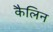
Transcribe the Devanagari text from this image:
कैलिन